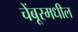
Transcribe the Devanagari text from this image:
चेंबूरमधील